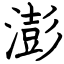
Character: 澎